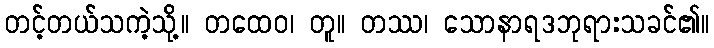
တင့်တယ်သကဲ့သို့။ တထေဝ၊ တူ။ တဿ၊ သောနာရဒဘုရားသခင်၏။